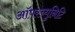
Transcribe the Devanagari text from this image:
ऑपरच्युनिटि